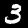
Label: 3